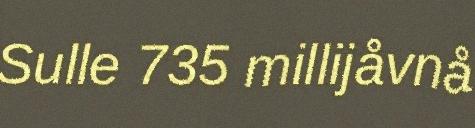
Sulle 735 millijåvnå